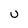
Character: U